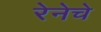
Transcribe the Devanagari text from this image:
रेनेचे